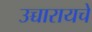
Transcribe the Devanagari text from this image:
उच्चारायचे